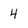
Character: 4